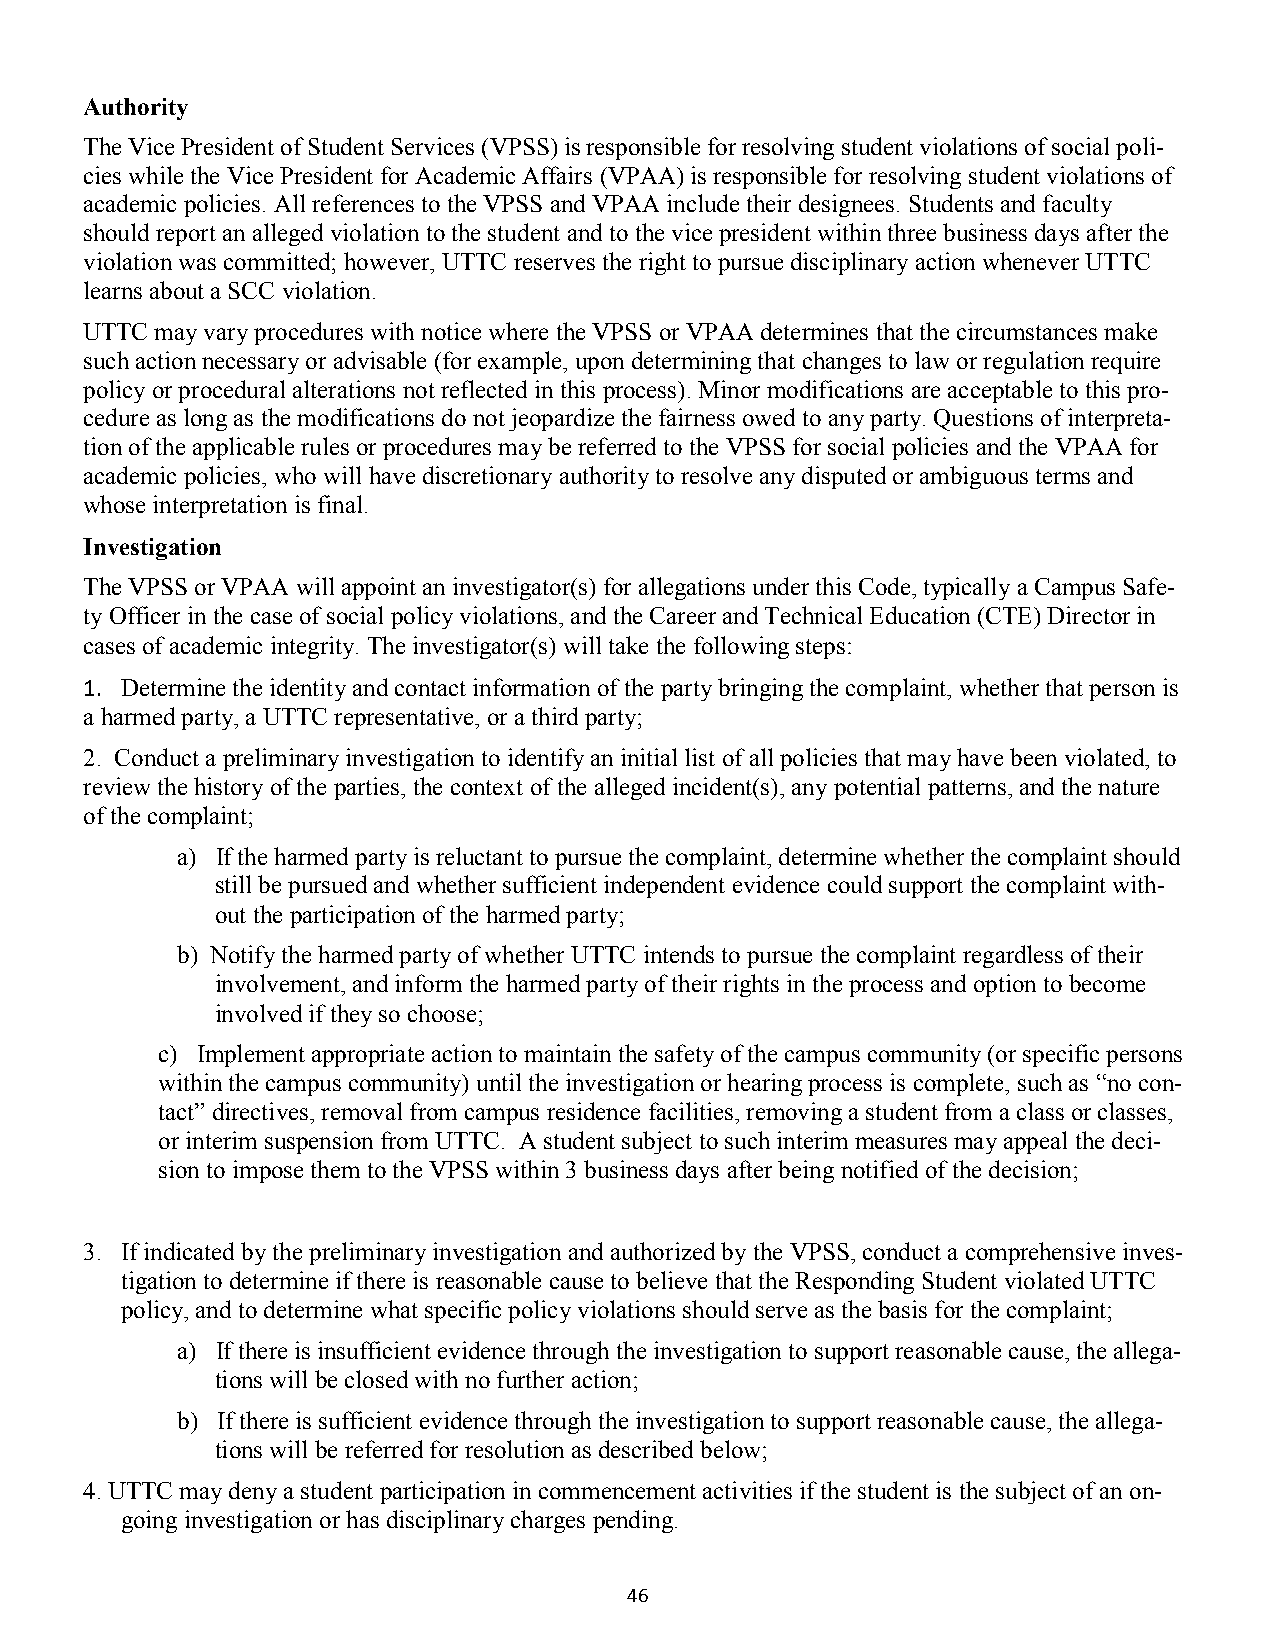
Authority
 The Vice President of Student Services (VPSS) is responsible for resolving student violations of social poli-
 cies while the Vice President for Academic Affairs (VPAA) is responsible for resolving student violations of
 academic policies. All references to the VPSS and VPAA include their designees. Students and faculty
 should report an alleged violation to the student and to the vice president within three business days after the
 violation was committed; however, UTTC reserves the right to pursue disciplinary action whenever UTTC
 learns about a SCC violation.
 UTTC may vary procedures with notice where the VPSS or VPAA determines that the circumstances make
 such action necessary or advisable (for example, upon determining that changes to law or regulation require
 policy or procedural alterations not reflected in this process). Minor modifications are acceptable to this pro-
 cedure as long as the modifications do not jeopardize the fairness owed to any party. Questions of interpreta-
 tion of the applicable rules or procedures may be referred to the VPSS for social policies and the VPAA for
 academic policies, who will have discretionary authority to resolve any disputed or ambiguous terms and
 whose interpretation is final.
 Investigation
 The VPSS or VPAA will appoint an investigator(s) for allegations under this Code, typically a Campus Safe-
 ty Officer in the case of social policy violations, and the Career and Technical Education (CTE) Director in
 cases of academic integrity. The investigator(s) will take the following steps:
 1. Determine the identity and contact information of the party bringing the complaint, whether that person is
 a harmed party, a UTTC representative, or a third party;
 2. Conduct a preliminary investigation to identify an initial list of all policies that may have been violated, to
 review the history of the parties, the context of the alleged incident(s), any potential patterns, and the nature
 of the complaint;
 a) If the harmed party is reluctant to pursue the complaint, determine whether the complaint should
 still be pursued and whether sufficient independent evidence could support the complaint with-
 out the participation of the harmed party;
 b) Notify the harmed party of whether UTTC intends to pursue the complaint regardless of their
 involvement, and inform the harmed party of their rights in the process and option to become
 involved if they so choose;
 c) Implement appropriate action to maintain the safety of the campus community (or specific persons
 within the campus community) until the investigation or hearing process is complete, such as “no con-
 tact” directives, removal from campus residence facilities, removing a student from a class or classes,
 or interim suspension from UTTC. A student subject to such interim measures may appeal the deci-
 sion to impose them to the VPSS within 3 business days after being notified of the decision;
 3. If indicated by the preliminary investigation and authorized by the VPSS, conduct a comprehensive inves-
 tigation to determine if there is reasonable cause to believe that the Responding Student violated UTTC
 policy, and to determine what specific policy violations should serve as the basis for the complaint;
 a) If there is insufficient evidence through the investigation to support reasonable cause, the allega-
 tions will be closed with no further action;
 b) If there is sufficient evidence through the investigation to support reasonable cause, the allega-
 tions will be referred for resolution as described below;
 4. UTTC may deny a student participation in commencement activities if the student is the subject of an on-
 going investigation or has disciplinary charges pending.
 46